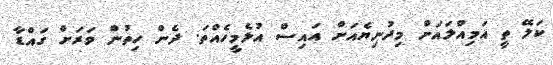
ކަލޭ ތީ އަމިއްލައަށް މިދުނިޔެއަށް އައިސް އުޅެމީހެއްތަ. ދެން ހިތުން ވަރަށް ގައްޑާ